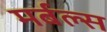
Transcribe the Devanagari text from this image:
मर्बल्स